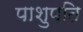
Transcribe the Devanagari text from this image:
पाशुपति